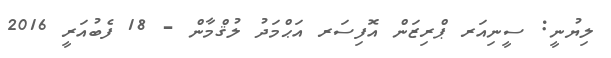
ލިޔުނީ: ސީނިއަރ ޕްރިޒަން އޮފިސަރ އަޙްމަދު ލުޤްމާން - 18 ފެބުއަރީ 2016